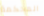
المحكمة